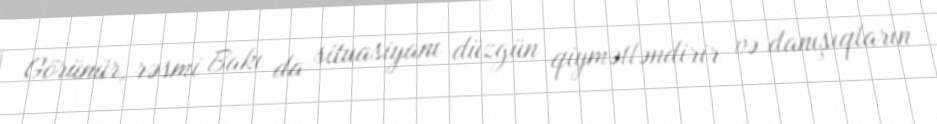
Görünür, rəsmi Bakı da situasiyanı düzgün qiymətləndirir və danışıqların